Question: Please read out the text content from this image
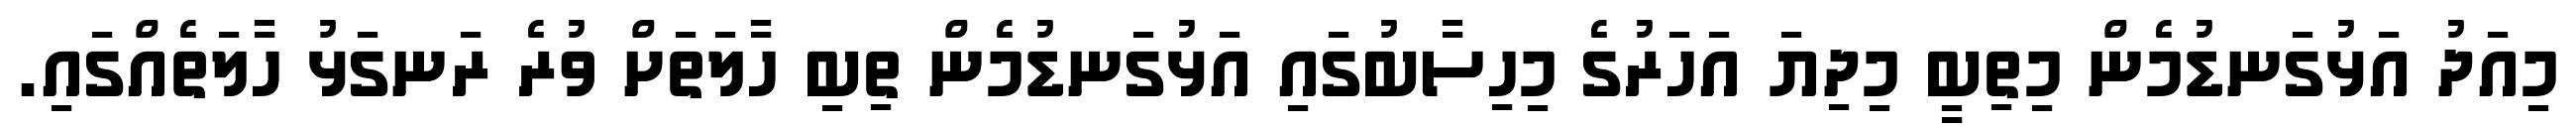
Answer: މިއަދު އަޅުގަނޑުމެން މިތިބީ މިދިޔަ އަހަރުގެ މިހިސާބުގައި އަޅުގަނޑުމެން ތިބި ހާލަތަށް ވުރެ ރަނގަޅު ހާލަތެއްގައި.